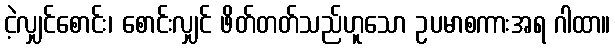
ငဲ့လျှင်စောင်း၊ စောင်းလျှင် ဖိတ်တတ်သည်ဟူသော ဥပမာစကားအရ ဂါထာ။